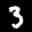
Label: 3